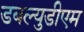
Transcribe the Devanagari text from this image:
डबल्युडीएम